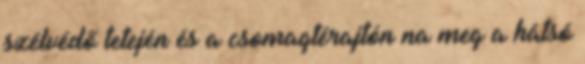
szélvédő tetején és a csomagtérajtón na meg a hátsó